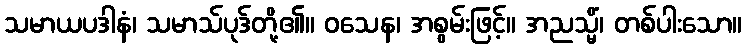
သမာယပဒါနံ၊ သမာသ်ပုဒ်တို့၏။ ဝသေန၊ အစွမ်းဖြင့်။ အညသ္မိံ၊ တစ်ပါးသော။